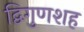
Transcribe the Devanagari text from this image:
द्विगुणशह